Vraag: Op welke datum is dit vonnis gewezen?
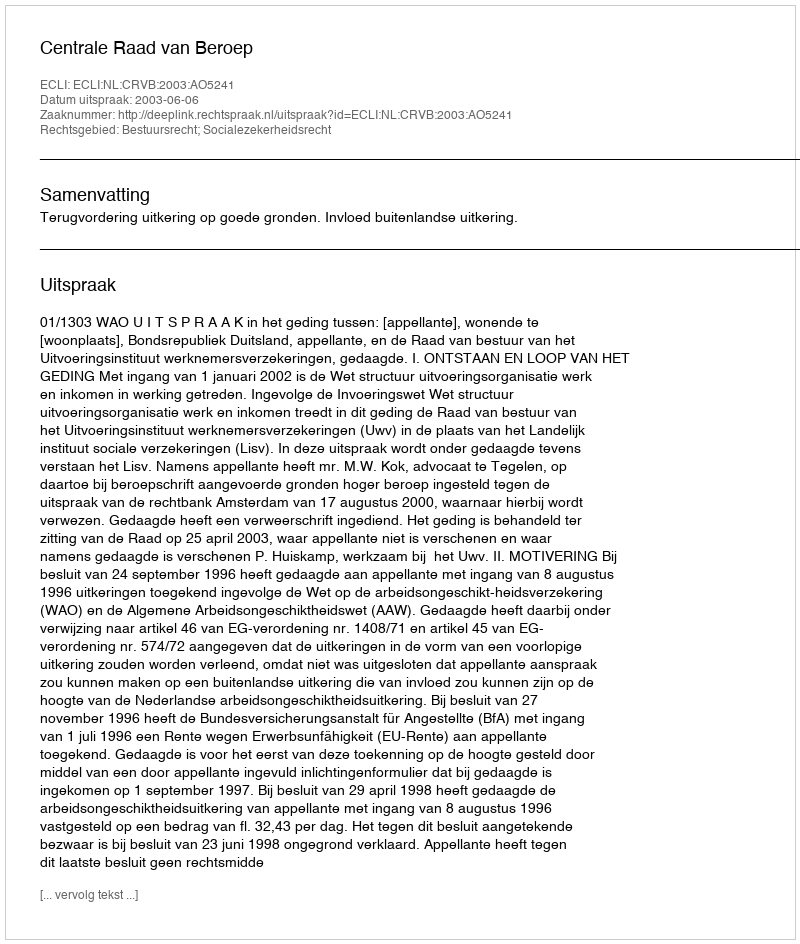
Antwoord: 2003-06-06